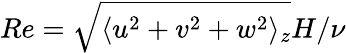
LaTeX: Re=\sqrt{\langle u^{2}+v^{2}+w^{2}\rangle_{z}}H/\nu